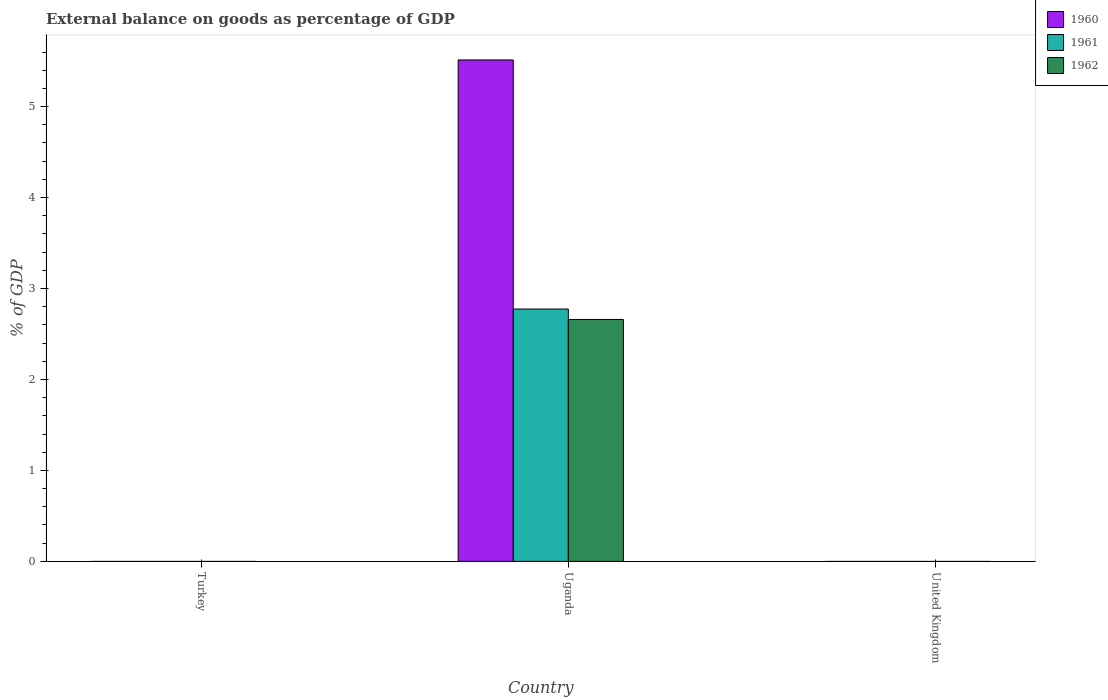
| Country | 1960 | 1961 | 1962 |
 | --- | --- | --- | --- |
 | Turkey | -1.62 | -1.66 | -2.37 |
 | Uganda | 5.51 | 2.77 | 2.66 |
 | United Kingdom | -1.38 | -0.345 | -0.198 |